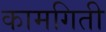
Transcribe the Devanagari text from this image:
कामगिती